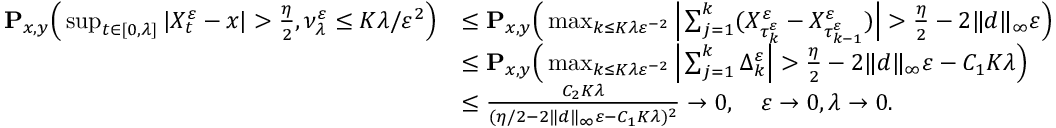
\begin{array} { r l } { \mathbf { P } _ { x , y } \Big ( \operatorname* { s u p } _ { t \in [ 0 , \lambda ] } | X _ { t } ^ { \varepsilon } - x | > \frac { \eta } { 2 } , \nu _ { \lambda } ^ { \varepsilon } \leq K \lambda / \varepsilon ^ { 2 } \Big ) } & { \leq \mathbf { P } _ { x , y } \Big ( \operatorname* { m a x } _ { k \leq K \lambda \varepsilon ^ { - 2 } } \Big | \sum _ { j = 1 } ^ { k } ( X _ { \tau _ { k } ^ { \varepsilon } } ^ { \varepsilon } - X _ { \tau _ { k - 1 } ^ { \varepsilon } } ^ { \varepsilon } ) \Big | > \frac { \eta } { 2 } - 2 \| d \| _ { \infty } \varepsilon \Big ) } \\ & { \leq \mathbf { P } _ { x , y } \Big ( \operatorname* { m a x } _ { k \leq K \lambda \varepsilon ^ { - 2 } } \Big | \sum _ { j = 1 } ^ { k } \Delta _ { k } ^ { \varepsilon } \Big | > \frac { \eta } { 2 } - 2 \| d \| _ { \infty } \varepsilon - C _ { 1 } K \lambda \Big ) } \\ & { \leq \frac { C _ { 2 } K \lambda } { ( \eta / 2 - 2 \| d \| _ { \infty } \varepsilon - C _ { 1 } K \lambda ) ^ { 2 } } \to 0 , \quad \varepsilon \to 0 , \lambda \to 0 . } \end{array}